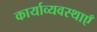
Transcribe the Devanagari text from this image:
कार्याव्यवस्थाएँ